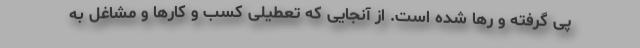
پی گرفته و رها شده است. از آنجایی که تعطیلی کسب و کارها و مشاغل به